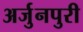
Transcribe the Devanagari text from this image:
अर्जुनपुरी